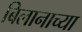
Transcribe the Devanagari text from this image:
बिलानाच्या